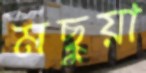
মছুয়া